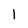
Character: 1